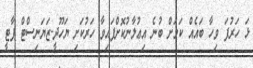
ޅަ ހަރުފަ ވިހާ ބައެއް ކަމަށް ބުނެ އިޢުލާނުކޮށްފައިވާ ހަރުކަށި ޔަހޫދީ-ޒަޔަނިސްޓް ޕާޓީ